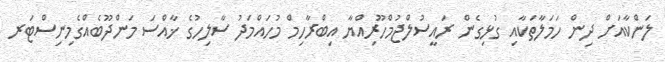
ލަންކާއަށް ދިން ހަމަލާތަކާއި ގުޅިގެން ރައީސުލްޖުމްހޫރިއްޔާ އިބްރާހިމް މުހައްމަދު ސާލިހުގެ ޚާއްސަ މަންދޫބެއްގެމިނިސްޓަރ